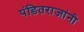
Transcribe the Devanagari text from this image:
पंडितराजांनी